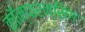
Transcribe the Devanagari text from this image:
कॉन्फरन्सिंग